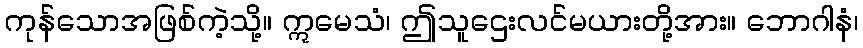
ကုန်သောအဖြစ်ကဲ့သို့။ ဣမေသံ၊ ဤသူဌေးလင်မယားတို့အား။ ဘောဂါနံ၊